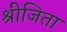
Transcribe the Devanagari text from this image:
श्रीजिता